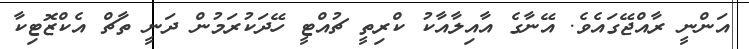
އަންނީ ރާއްޖޭގައެވެ. އޭނާގެ އާއިލާއާކު ކްރިތީ ޗުއްޓީ ހޭދަކުރަމުން ދަނީ ތާޗް އެކްޒޮޓިކާ